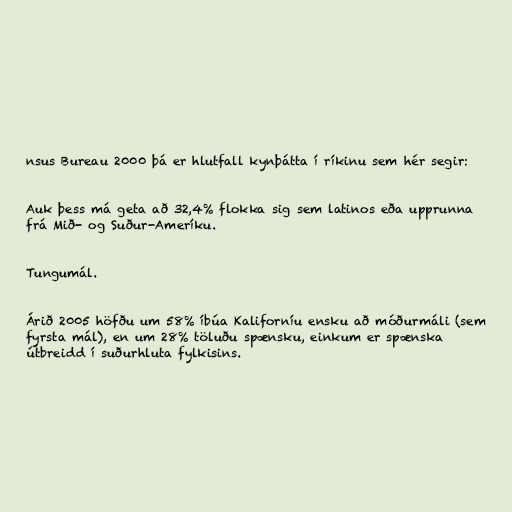
nsus Bureau 2000 þá er hlutfall kynþátta í ríkinu sem hér segir:

Auk þess má geta að 32,4% flokka sig sem latinos eða upprunna
frá Mið- og Suður-Ameríku.

Tungumál.

Árið 2005 höfðu um 58% íbúa Kaliforníu ensku að móðurmáli (sem
fyrsta mál), en um 28% töluðu spænsku, einkum er spænska
útbreidd í suðurhluta fylkisins.